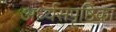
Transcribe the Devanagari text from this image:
अर्ध्यसपृष्ठिका